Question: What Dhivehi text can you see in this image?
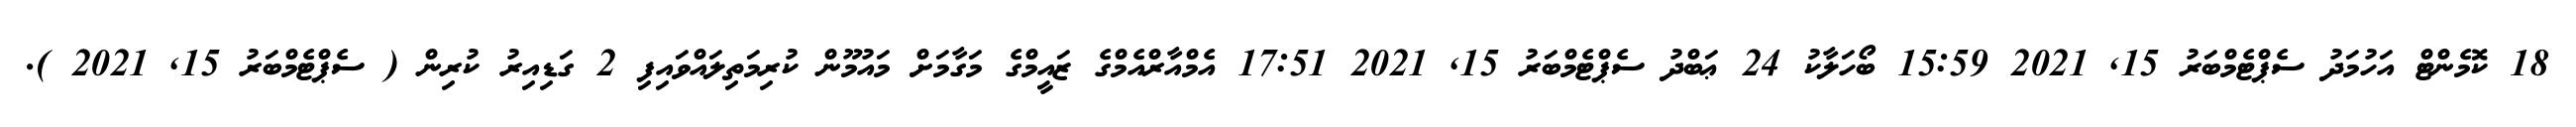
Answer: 18 ކޮމެންޓް އަހުމަދު ސެޕްޓެމްބަރު 15, 2021 15:59 ބޯހަލާކު 24 ޢަބްދު ސެޕްޓެމްބަރު 15, 2021 17:51 އެމްއާރްއެމްގެ ޒައީމްގެ މަގާމަށް މައުމޫން ކުރިމަތިލައްވައިފި 2 ގަޑިއިރު ކުރިން ( ސެޕްޓެމްބަރު 15, 2021 ).